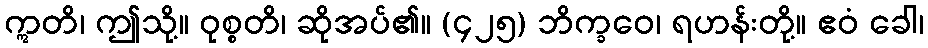
ဣတိ၊ ဤသို့။ ဝုစ္စတိ၊ ဆိုအပ်၏။ (၄၂၅) ဘိက္ခဝေ၊ ရဟန်းတို့။ ဧဝံ ခေါ၊